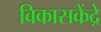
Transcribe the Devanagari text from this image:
विकासकेंद्रे